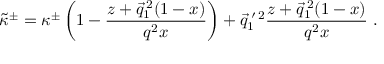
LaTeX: \tilde { \kappa } ^ { \pm } = \kappa ^ { \pm } \left( 1 - \frac { z + \vec { q } _ { 1 } ^ { \: 2 } ( 1 - x ) } { q ^ { 2 } x } \right) + \vec { q } _ { 1 } ^ { \: \prime \: 2 } \frac { z + \vec { q } _ { 1 } ^ { \: 2 } ( 1 - x ) } { q ^ { 2 } x } ~ .